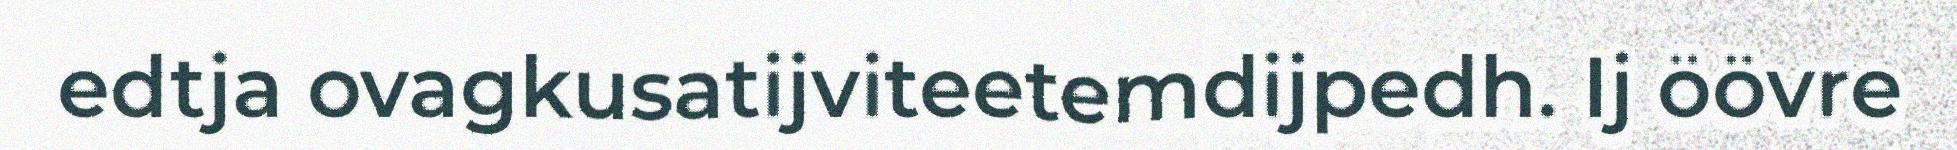
edtja ovagkusatijviteetemdijpedh. Ij öövre